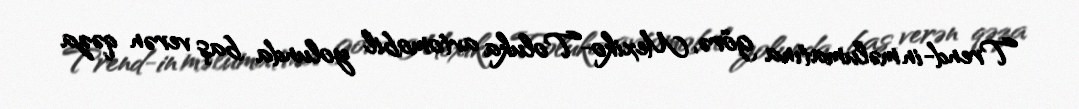
Trend-in məlumatına görə, Mexiko-Toluka avtomobil yolunda baş verən qəza